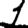
Digit: 1